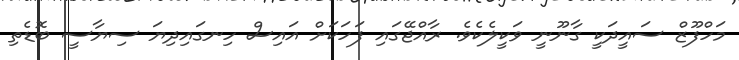
މަހްފޫޒް ސައީދަކީ ގާނޫނީ ވަކީލެކެވެ. ރާއްޖޭގައި ފަހަކަށް އައިސް ހިނގައިދިޔަ ސިޔާސީ ބޮޑެތި